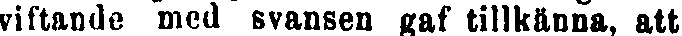
viftande med svansen gaf tillkänna, att